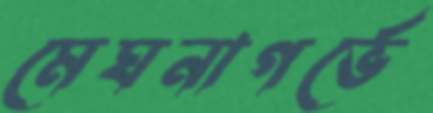
মেঘনাগর্ভে